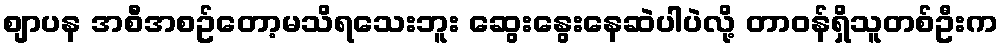
စျာပန အစီအစဥ်တော့မသိရသေးဘူး ဆွေးနွေးနေဆဲပါပဲလို့ တာဝန်ရှိသူတစ်ဦးက